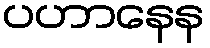
ပဟာနေန